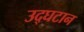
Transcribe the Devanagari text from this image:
उद्घटान